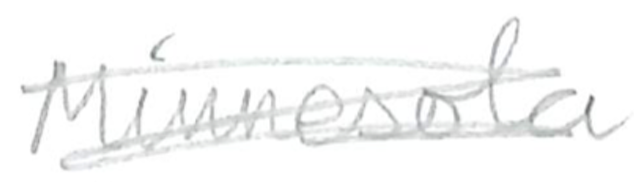
Text: Minnesota
Cross-out: scratch
Writing tool: pencil